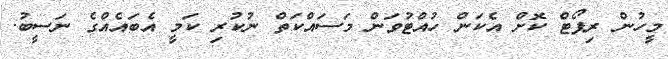
މީހުން ރިޕޯޓް ކޮށް އެކަން ހުއްޓުވަން މަސައްކަތް ނުކުރި ކަމީ އެބައެއްގެ ނަސީބު.